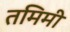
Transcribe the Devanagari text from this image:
तमिमी